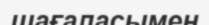
шағаласымен